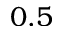
0 . 5